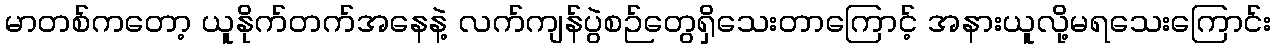
မာတစ်ကတော့ ယူနိုက်တက်အနေနဲ့ လက်ကျန်ပွဲစဉ်တွေရှိသေးတာကြောင့် အနားယူလို့မရသေးကြောင်း